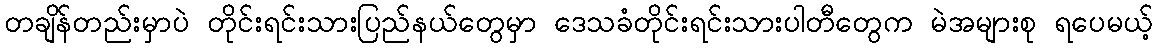
တချိန်တည်းမှာပဲ တိုင်းရင်းသားပြည်နယ်တွေမှာ ဒေသခံတိုင်းရင်းသားပါတီတွေက မဲအများစု ရပေမယ့်